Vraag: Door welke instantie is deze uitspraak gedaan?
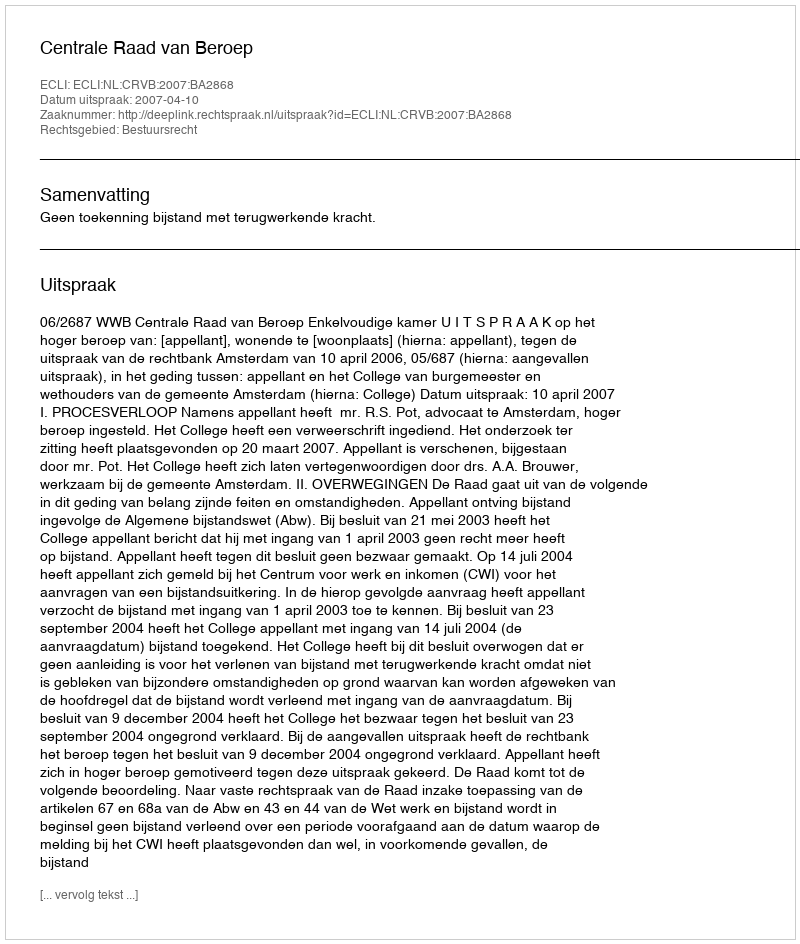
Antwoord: Centrale Raad van Beroep